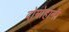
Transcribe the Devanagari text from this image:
दोमोहानी